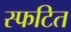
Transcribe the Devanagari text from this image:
स्फटित